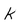
Character: K